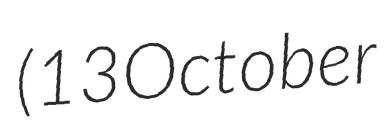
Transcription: (13 October